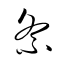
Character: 紊